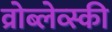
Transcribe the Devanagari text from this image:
व्रोब्लेव्स्की